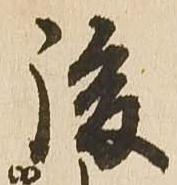
後